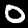
Digit: 0